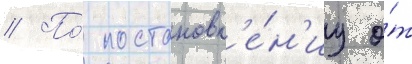
// По́ постановл'е́н'иу о́т